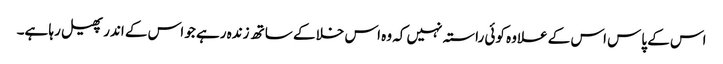
اس کے پاس اس کے علاوہ کوئی راستہ نہیں کہ وہ اس خلا کے ساتھ زندہ رہے جو اس کے اندر پھیل رہا ہے۔